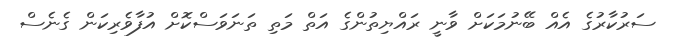
ސަރުކާރުގެ އެއް ބޭނުމަކަށް ވާނީ ރައްޔިތުންގެ އަތް މަތި ތަނަވަސްކޮށް އުފާވެރިކަން ގެނެސް